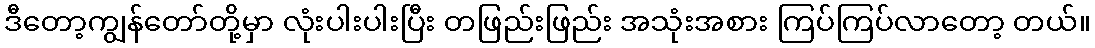
ဒီတော့ကျွန်တော်တို့မှာ လုံးပါးပါးပြီး တဖြည်းဖြည်း အသုံးအစား ကြပ်ကြပ်လာတော့ တယ်။